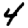
Digit: 4